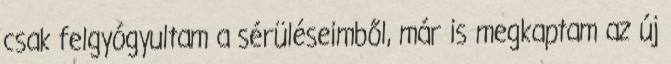
csak felgyógyultam a sérüléseimből, már is megkaptam az új